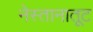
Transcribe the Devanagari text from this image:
नेस्तानातूट